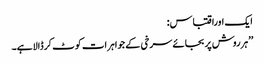
ایک اوراقتباس:
’’ہرروش پربجائے سرخی کے جواہرات کوٹ کرڈالاہے۔